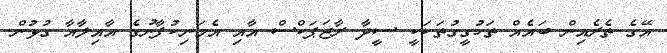
އޭގެ ތެރެއިން ބައެއް ތަހުގީގުތަކަކީ ސީދާ ރާޖަޕަކްސް އާއި އެމަނިކުފާނުގެ އާއިލާއާ ގުޅުން